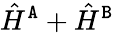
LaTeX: \hat{H}^{{\tt A}}+\hat{H}^{{\tt B}}